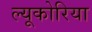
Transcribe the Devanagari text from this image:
ल्यूकोरिया